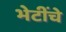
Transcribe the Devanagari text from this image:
भेटींचे